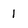
Character: 1